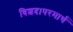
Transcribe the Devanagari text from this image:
विशद।परमार्थ